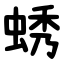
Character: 蜏